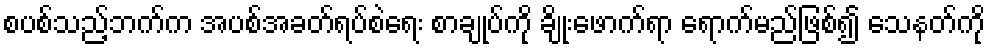
စပစ်သည့်ဘက်က အပစ်အခတ်ရပ်စဲရေး စာချုပ်ကို ချိုးဖောက်ရာ ရောက်မည်ဖြစ်၍ သေနတ်ကို